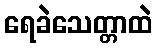
ရေခဲသေတ္တာထဲ